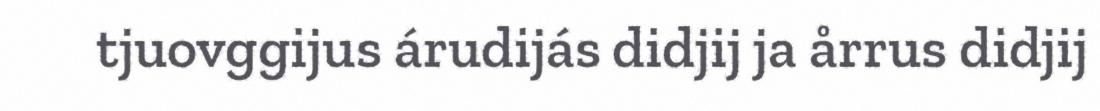
tjuovggijus árudijás didjij ja årrus didjij